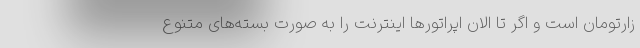
زارتومان است و اگر تا الان اپراتورها اینترنت را به صورت بسته‌های متنوع